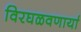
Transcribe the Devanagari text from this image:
विरघळवणार्या